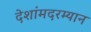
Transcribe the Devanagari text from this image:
देशांमदरम्यान